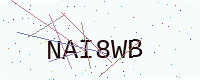
Text: NAI8WB